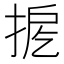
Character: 𢭖